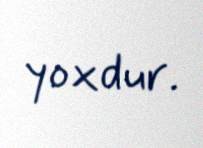
yoxdur.